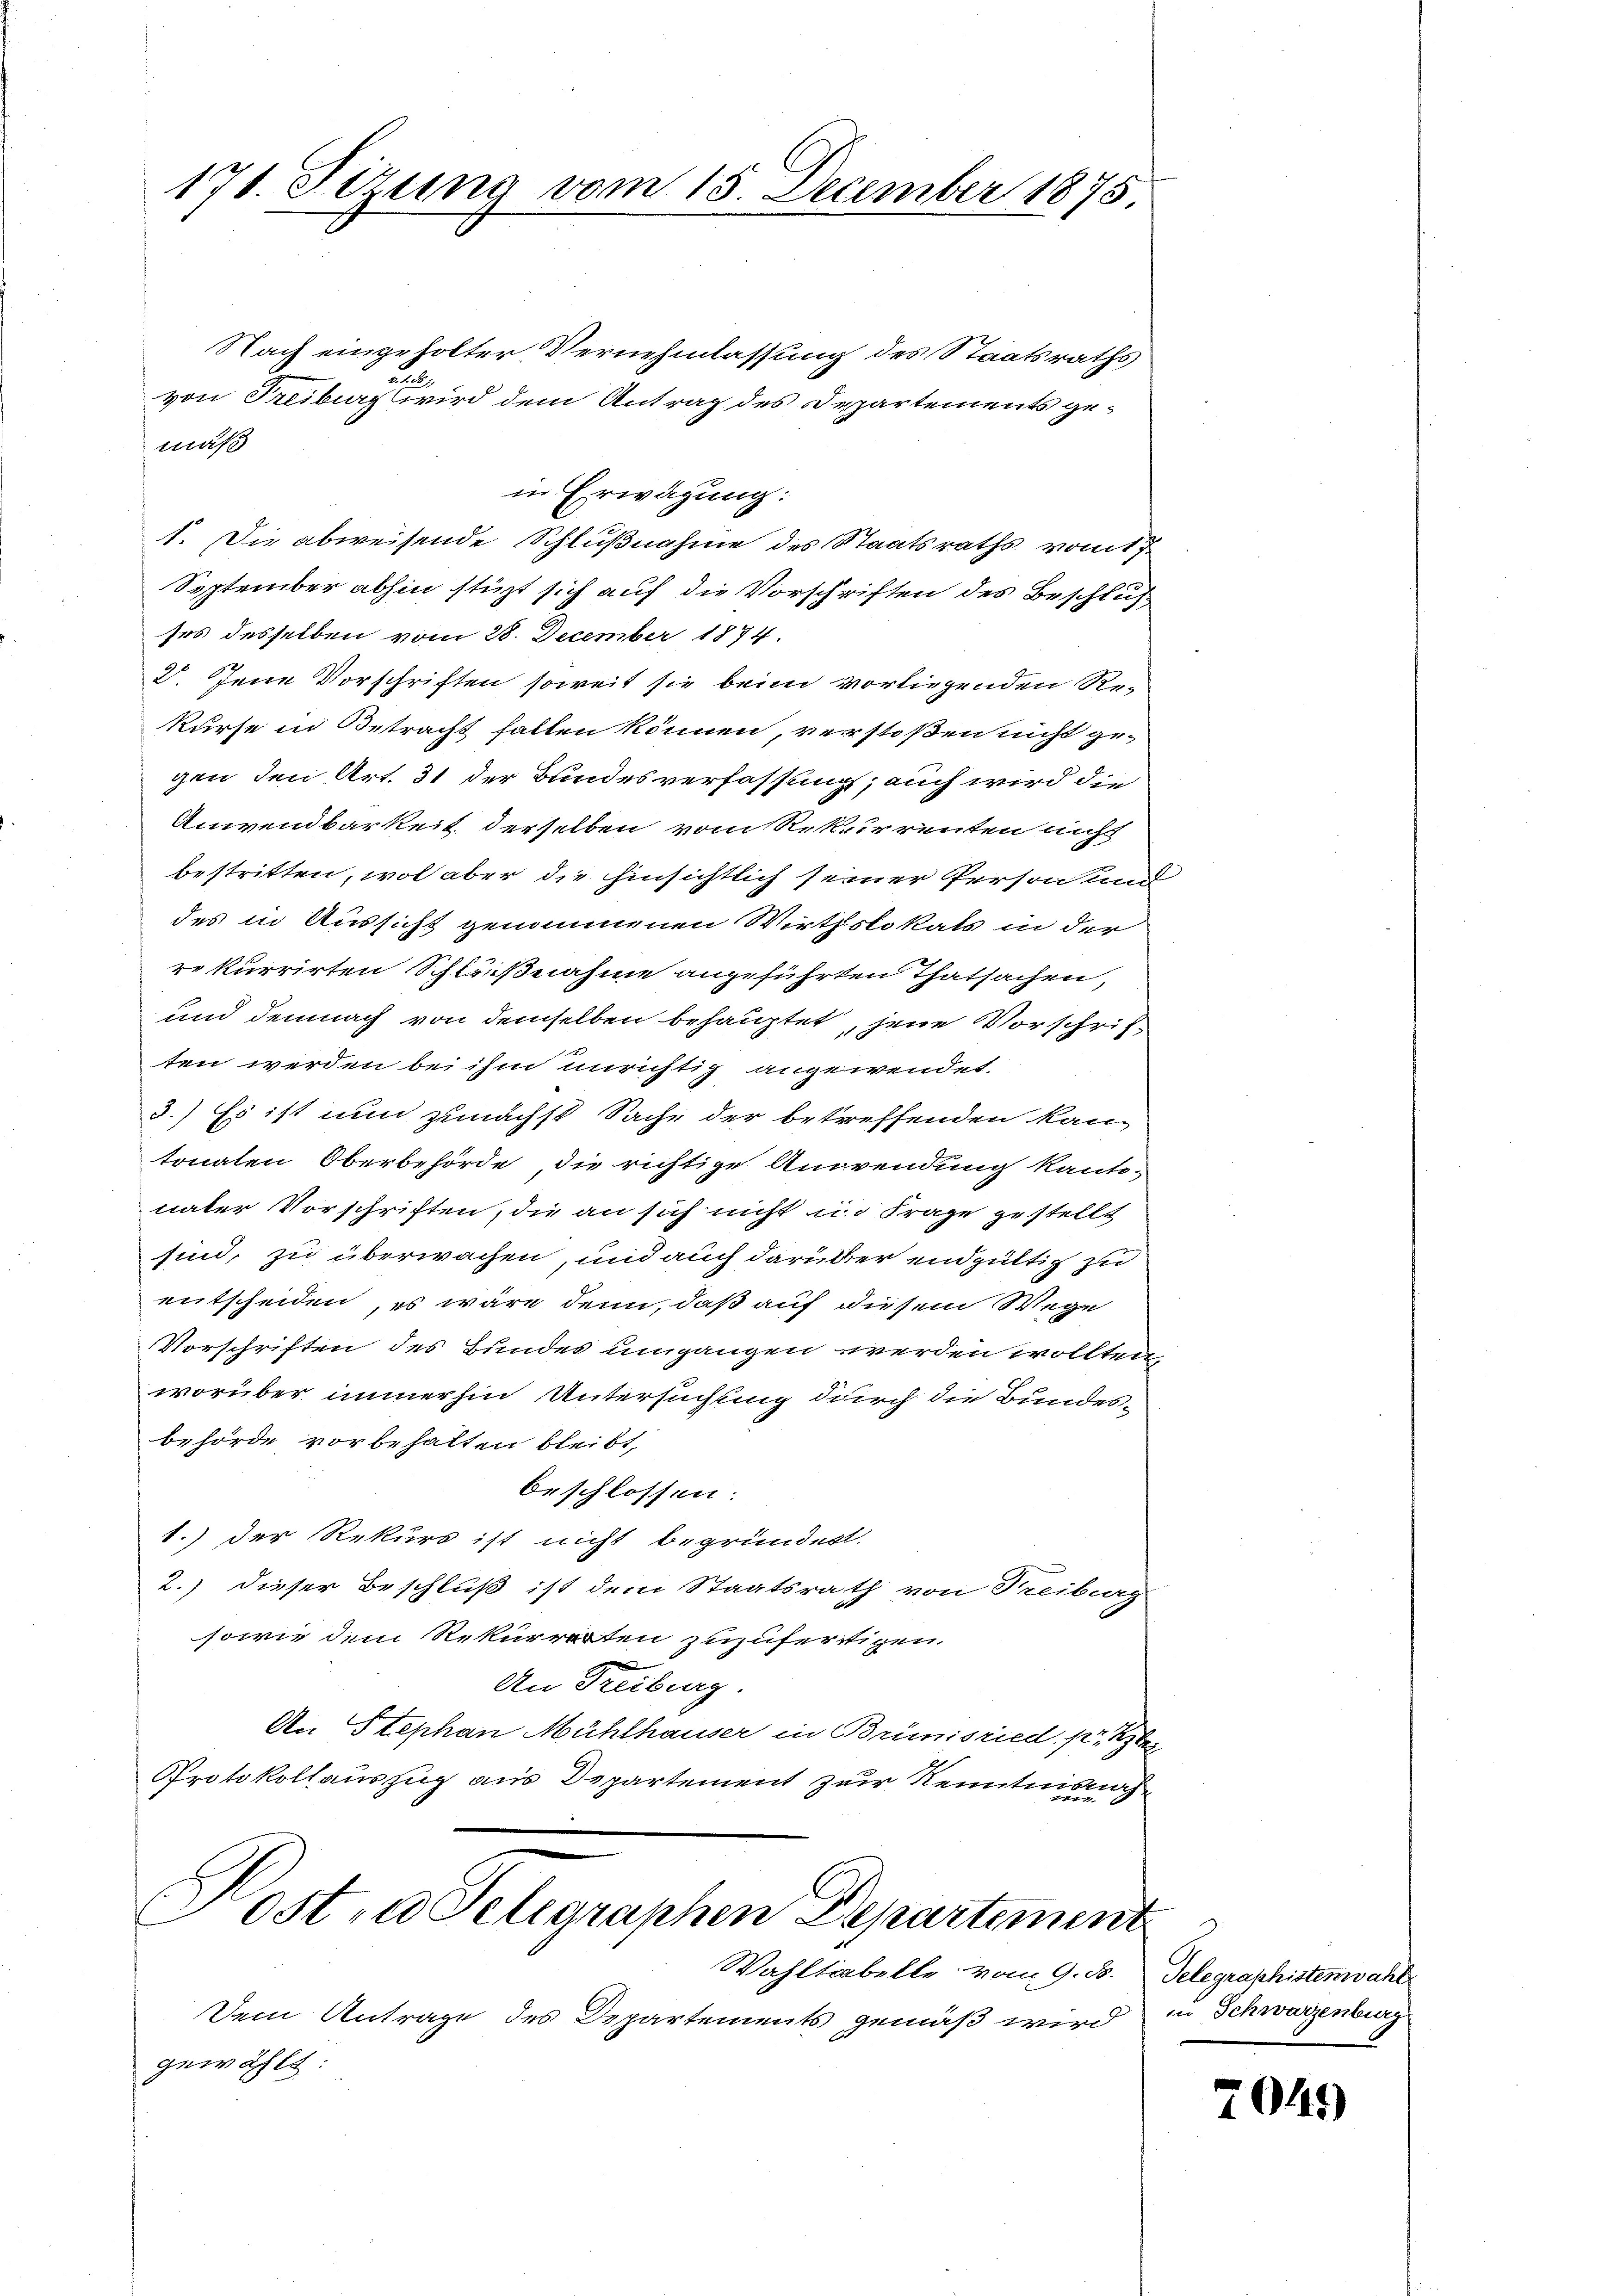
171. Sizung vom 15. December 1875.

Nach eingeholter Vernehmlassung des Staatsraths
von Freiburg wird dem Antrag des Departements gemäß
in Erwägung:
1. Die abweisende Schlußnahme des Staatsraths vom 7
September abhin stürzt sich auf die Vorschriften des Beschlus
ses desselben vom 28. December 1874.
2. Jene Vorschriften soweit sie beim vorliegenden Re-
kurse in Betracht fallen können, verstoßen nicht ge-
gen den Art. 31 der Bundesverfassung; auch wird die
Anwendbarkeit derselben vom Rekurrenten nicht
bestritten, wol aber die hinsichtlich seiner Person und
des in Aussicht genommenen Wirthslokats in der
re kurrirten Schleißnahme angeführten Thatsachen,
und demnach von demselben behauptet, jene Vorschriften werden bei ihm unrichtig angewendet.
3.) Es ist nun zunächst Sache der betreffenden kantonalen Oberbehörde die richtige Anwendung kanto-
nater Vorschriften, die an sich nicht in Frage gestellt
sind, zu überwachen, und auch darüber endgültig zu
entscheiden, es wäre denn, daß auf diesem Wege
Vorschriften des Bundes umgangen werden wollten,
worüber immerhin Untersuchung durch die Bundesbehörde vorbehalten bleibt,
beschlossen:
1.) Der Rekurs ist nicht begründen.
2.) dieser Beschluß ist dem Staatsrath von Treiburg
sowie dem Rekurrenten zuzufertigen.
An Freiburg.
An Stephan Mühlhauser in Brünisried. pr. Aber
Protokollauszug aus Departement zur Kenntnisnah¬
Post, u. Telegraphen Departement
Wahltabelle vom 9. d.
Dem Antrage des Departements gemäß wird
gewählt:

Telegraphistenwahl
in Schwarzenburg

7045)